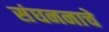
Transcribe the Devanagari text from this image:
संघननाचे